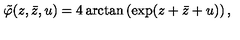
\tilde { \varphi } ( z , \bar { z } , u ) = 4 \arctan \left( \exp ( z + \bar { z } + u ) \right) ,